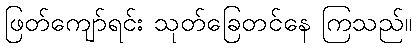
ဖြတ်ကျော်ရင်း သုတ်ခြေတင်နေ ကြသည်။